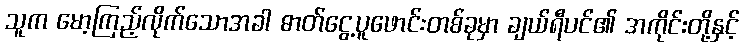
သူက မော့ကြည့်လိုက်သောအခါ ဓာတ်ငွေ့ပူဖောင်းတစ်ခုမှာ ချယ်ရီပင်၏ အကိုင်းတို့နှင့်